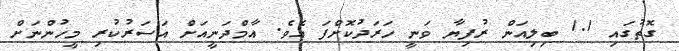
ގޮތުގައި 1.1 ބިލިއަން ރުފިޔާ ވަނީ ހަރަދުކޮށްފަ އެވެ. އާމްދަނީއަށް އަސަރުކުރި މީހުންނަށް